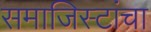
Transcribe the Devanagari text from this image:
समाजिस्टांचा